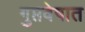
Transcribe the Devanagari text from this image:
गुप्तवेषात